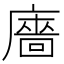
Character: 廧